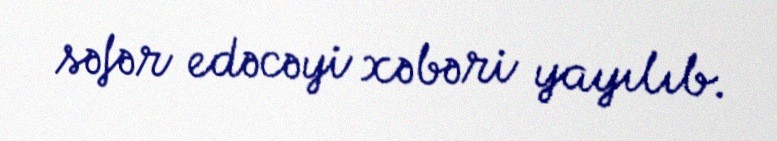
səfər edəcəyi xəbəri yayılıb.